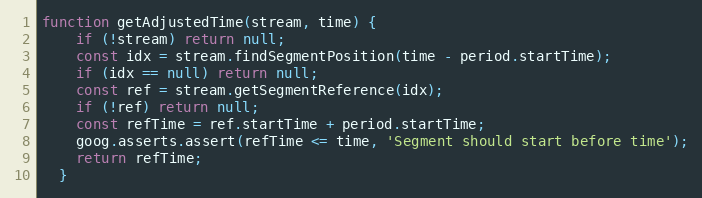
Language: JavaScript
function getAdjustedTime(stream, time) {
    if (!stream) return null;
    const idx = stream.findSegmentPosition(time - period.startTime);
    if (idx == null) return null;
    const ref = stream.getSegmentReference(idx);
    if (!ref) return null;
    const refTime = ref.startTime + period.startTime;
    goog.asserts.assert(refTime <= time, 'Segment should start before time');
    return refTime;
  }